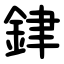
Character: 銉